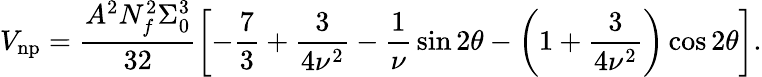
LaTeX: V_{\mathrm{np}}=\frac{A^{2}N_{f}^{2}\Sigma_{0}^{3}}{32}\left[-{\frac{7}{3}}+\frac{3}{4\nu^{2}}-{\frac{1}{\nu}}\sin{2\theta}-\left(1+\frac{3}{4\nu^{2}}\right)\cos{2\theta}\right].